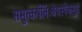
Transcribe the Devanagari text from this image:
समुत्कर्षनिःश्रेयस्यैकमुग्रं